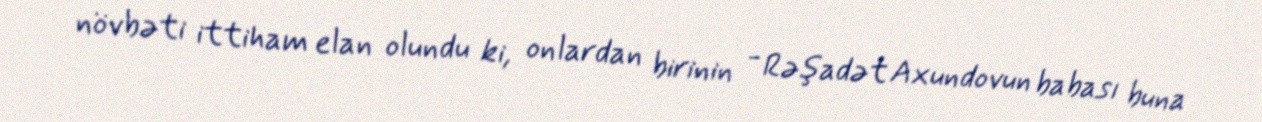
növbəti ittiham elan olundu ki, onlardan birinin - Rəşadət Axundovun babası buna